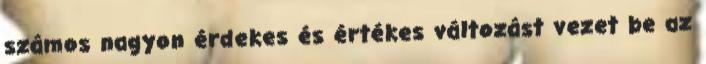
számos nagyon érdekes és értékes változást vezet be az